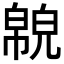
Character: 𢅉